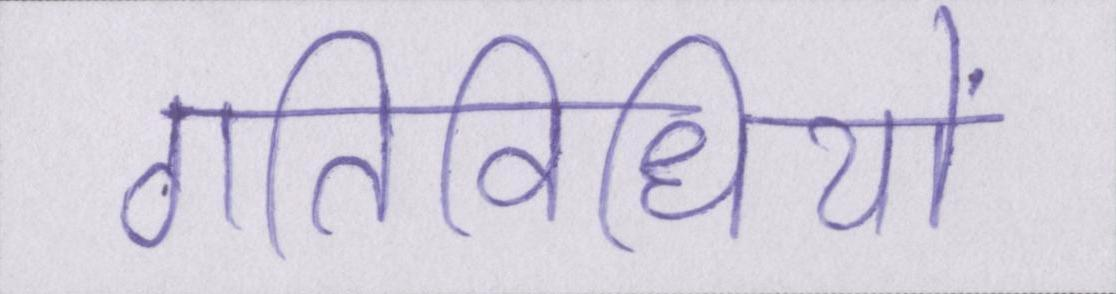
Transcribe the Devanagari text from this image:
गतिविधियों